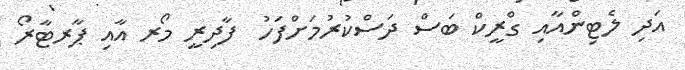
އަދި ލެޓިންއާއި ގްރީކް ބަސް ދަސްކުރުމަށްފަހު  ފާދިރީ މޯރ އާއި ޕާރޓާރޯ